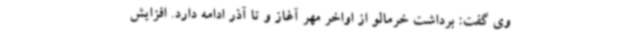
وی گفت: برداشت خرمالو از اواخر مهر آغاز و تا آذر ادامه دارد. افزایش